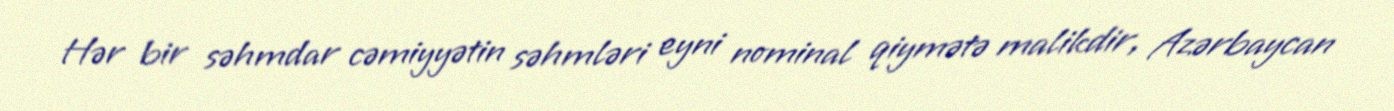
Hər bir səhmdar cəmiyyətin səhmləri eyni nominal qiymətə malikdir, Azərbaycan